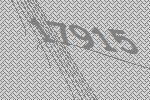
17915